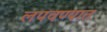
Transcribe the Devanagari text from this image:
लपवण्यात